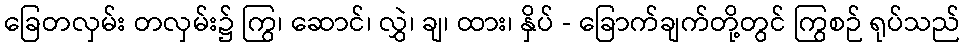
ခြေတလှမ်း တလှမ်း၌ ကြွ၊ ဆောင်၊ လွှဲ၊ ချ၊ ထား၊ နှိပ် - ခြောက်ချက်တို့တွင် ကြွစဉ် ရုပ်သည်